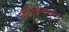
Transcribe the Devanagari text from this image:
कताकताका